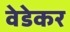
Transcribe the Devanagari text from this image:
वेडेकर